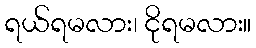
ရယ်ရမလား၊ ငိုရမလား။